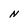
Character: N